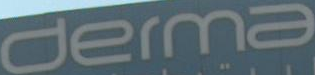
derma